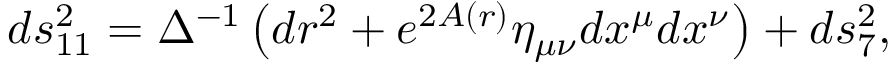
d s _ { 1 1 } ^ { 2 } = \Delta ^ { - 1 } \left( d r ^ { 2 } + e ^ { 2 A ( r ) } \eta _ { \mu \nu } d x ^ { \mu } d x ^ { \nu } \right) + d s _ { 7 } ^ { 2 } ,